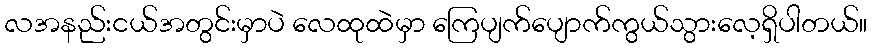
လအနည်းငယ်အတွင်းမှာပဲ လေထုထဲမှာ ကြေပျက်ပျောက်ကွယ်သွားလေ့ရှိပါတယ်။